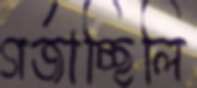
গর্‌জাচ্ছিলি